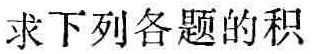
求下列各题的积